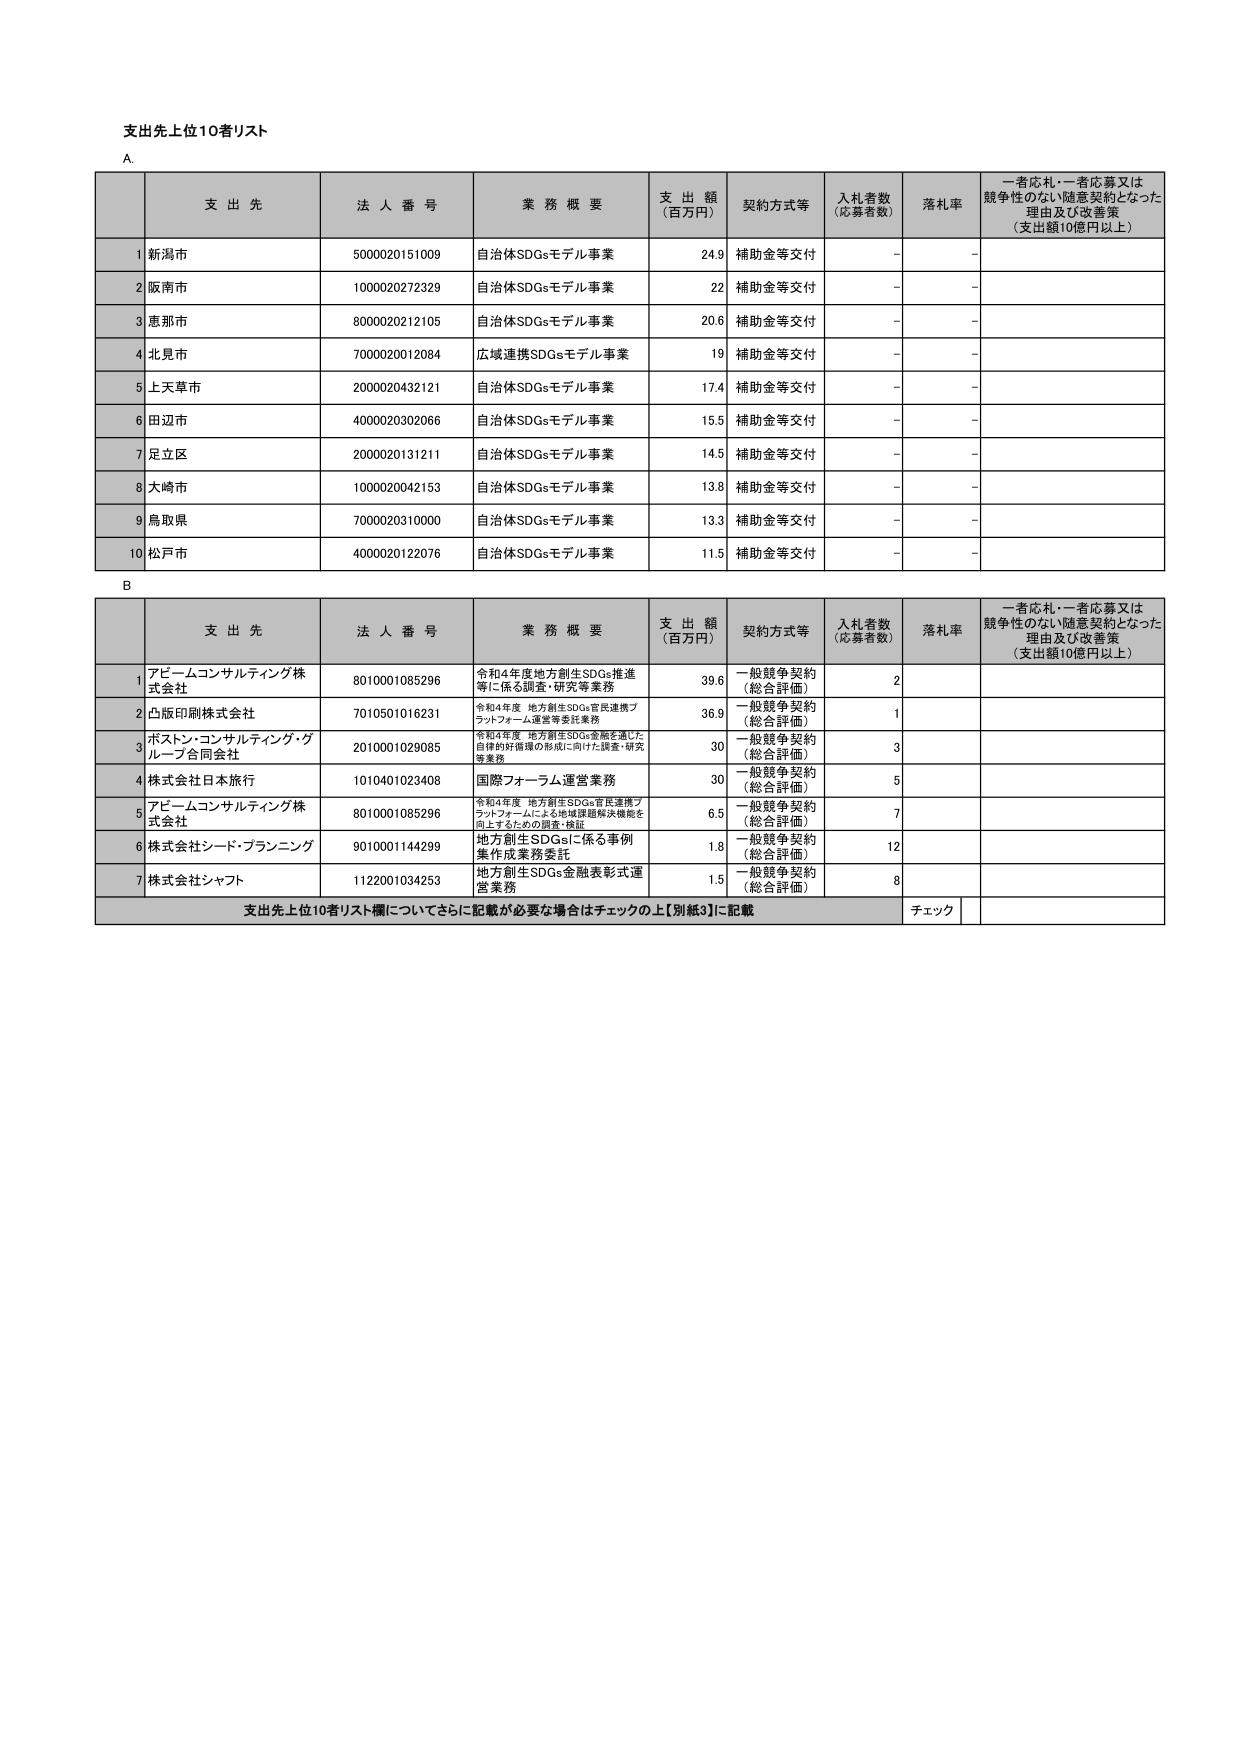
支出先上位10者リスト

A.

支 出 先	法 人 番 号	業 務 概 要	支 出 額 （百万円）	契約方式等	入札者数 （応募者数）	落札率	一者応札・一者応募又は競争性のない随意契約となった理由及び改善策 （支出額10億円以上）
1	新潟市	5000020151009	自治体SDGsモデル事業	24.9	補助金等交付	-	-
2	阪南市	1000020272329	自治体SDGsモデル事業	22	補助金等交付	-	-
3	恵那市	8000020212105	自治体SDGsモデル事業	20.6	補助金等交付	-	-
4	北見市	7000020012084	広域連携SDGsモデル事業	19	補助金等交付	-	-
5	上天草市	2000020432121	自治体SDGsモデル事業	17.4	補助金等交付	-	-
6	田辺市	4000020302066	自治体SDGsモデル事業	15.5	補助金等交付	-	-
7	足立区	2000020131211	自治体SDGsモデル事業	14.5	補助金等交付	-	-
8	大崎市	1000020042153	自治体SDGsモデル事業	13.8	補助金等交付	-	-
9	鳥取県	7000020310000	自治体SDGsモデル事業	13.3	補助金等交付	-	-
10	松戸市	4000020122076	自治体SDGsモデル事業	11.5	補助金等交付	-	-

B

支 出 先	法 人 番 号	業 務 概 要	支 出 額 （百万円）	契約方式等	入札者数 （応募者数）	落札率	一者応札・一者応募又は競争性のない随意契約となった理由及び改善策 （支出額10億円以上）
1	アビームコンサルティング株式会社	8010001085296	令和4年度地方創生SDGs推進等に係る調査・研究等業務	39.6	一般競争契約（総合評価）	2
2	凸版印刷株式会社	7010501016231	令和4年度 地方創生SDGs官民連携プラットフォーム運営等委託業務	36.9	一般競争契約（総合評価）	1
3	ホストン・コンサルティング・グループ合同会社	2010001029085	令和4年度 地方創生SDGs金融を通じた自律的財源の形成に向けた調査・研究等業務	30	一般競争契約（総合評価）	3
4	株式会社日本旅行	1010401023408	国際フォーラム運営業務	30	一般競争契約（総合評価）	5
5	アビームコンサルティング株式会社	8010001085296	令和4年度 地方創生SDGs官民連携プラットフォームによる地域課題解決機能を向上するための調査・検証	6.5	一般競争契約（総合評価）	7
6	株式会社シード・プランニング	9010001144299	地方創生SDGsに係る事例集作成業務委託	1.8	一般競争契約（総合評価）	12
7	株式会社シャフト	1122001034253	地方創生SDGs金融表彰式運営業務	1.5	一般競争契約（総合評価）	8

支出先上位10者リスト欄についてさらに記載が必要な場合はチェックの上【別紙3】に記載	チェック